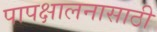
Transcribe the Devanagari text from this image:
पापक्षालनासाठी